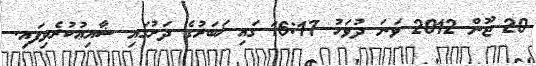
20 ޖޫން 2012 ވަނަ ދުވަހު 16:17 ގައި ޚަބަރުގެ ދަށުގައި ޝާއިޢުކުރެވިފައި.